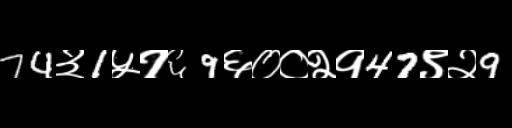
Text: 74३1५१६9६००२१47९२9